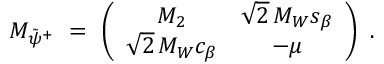
{ \cal M } _ { \tilde { \psi } ^ { + } } \ = \ \left( \begin{array} { c c } { { M _ { 2 } } } & { { \sqrt 2 \, M _ { W } s _ { \beta } } } \\ { { \sqrt 2 \, M _ { W } c _ { \beta } } } & { { - \mu } } \end{array} \right) \ .